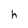
Character: h